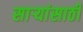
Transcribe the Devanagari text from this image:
सार्‍यांसाठी